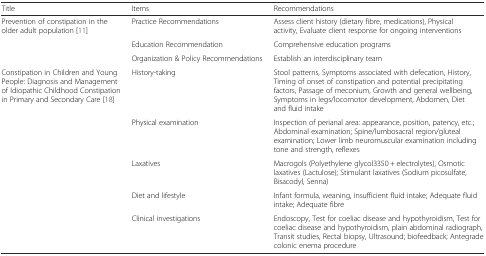
<table><thead><tr><td><b>Title</b></td><td><b>Items</b></td><td><b>Recommendations</b></td></tr></thead><tbody><tr><td rowspan="3">Prevention of constipation in the older adult population [11]</td><td>Practice Recommendations</td><td>Assess client history (dietary fibre, medications), Physical activity, Evaluate client response for ongoing interventions</td></tr><tr><td>Education Recommendation</td><td>Comprehensive education programs</td></tr><tr><td>Organization &amp; Policy Recommendations</td><td>Establish an interdisciplinary team</td></tr><tr><td rowspan="5">Constipation in Children and Young People: Diagnosis and Management of Idiopathic Childhood Constipation in Primary and Secondary Care [18]</td><td>History-taking</td><td>Stool patterns, Symptoms associated with defecation, History, Timing of onset of constipation and potential precipitating factors, Passage of meconium, Growth and general wellbeing, Symptoms in legs/locomotor development, Abdomen, Diet and fluid intake</td></tr><tr><td>Physical examination</td><td>Inspection of perianal area: appearance, position, patency, etc.; Abdominal examination; Spine/lumbosacral region/gluteal examination; Lower limb neuromuscular examination including tone and strength, reflexes</td></tr><tr><td>Laxatives</td><td>Macrogols (Polyethylene glycol3350 + electrolytes), Osmotic laxatives (Lactulose); Stimulant laxatives (Sodium picosulfate, Bisacodyl, Senna)</td></tr><tr><td>Diet and lifestyle</td><td>Infant formula, weaning, insufficient fluid intake; Adequate fluid intake; Adequate fibre</td></tr><tr><td>Clinical investigations</td><td>Endoscopy, Test for coeliac disease and hypothyroidism, Test for coeliac disease and hypothyroidism, plain abdominal radiograph, Transit studies, Rectal biopsy, Ultrasound; biofeedback; Antegrade colonic enema procedure</td></tr></tbody></table>